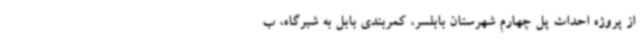
از پروژه احداث پل چهارم شهرستان بابلسر، کمربندی بابل به شیرگاه، ب